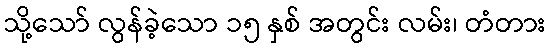
သို့သော် လွန်ခဲ့သော ၁၅ နှစ် အတွင်း လမ်း၊ တံတား